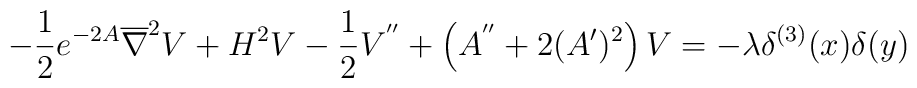
-\frac{1}{2}e^{-2A}\overline{\nabla}^2V+H^2V-\frac{1}{2}V^{''}+\left(A^{''}+2(A')^2\right)V=-\lambda \delta^{(3)}(x)\delta(y)